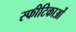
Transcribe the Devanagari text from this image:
स्फीटिकाओं